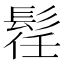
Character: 𲌛